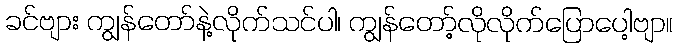
ခင်ဗျား ကျွန်တော်နဲ့လိုက်သင်ပါ၊ ကျွန်တော့်လိုလိုက်ပြောပေါ့ဗျာ။